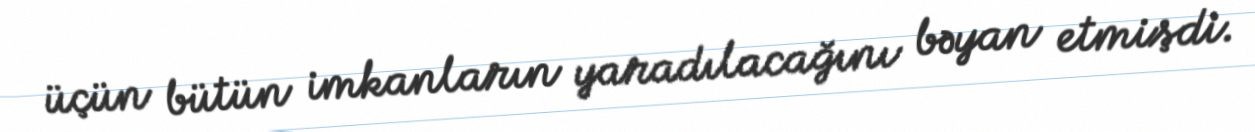
üçün bütün imkanların yaradılacağını bəyan etmişdi.